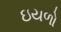
ઇયળો